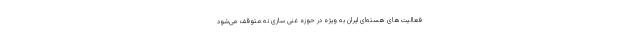
فعالیت‌های هسته‌ای ایران به ویژه در حوزه غنی سازی نه متوقف می‌شود